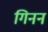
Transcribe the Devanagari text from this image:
गिनन